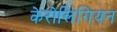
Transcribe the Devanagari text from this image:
केरोलिंगियन